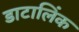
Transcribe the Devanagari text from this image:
डाटालिंक